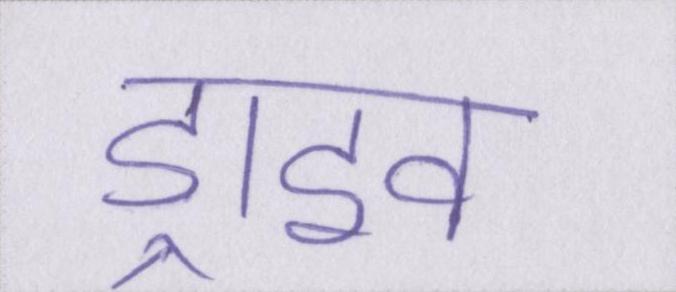
ड्राइव